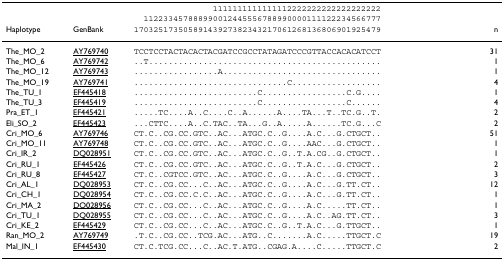
<table><thead><tr><td></td><td></td><td><b>1111111111111112222222222222222222</b></td><td></td></tr><tr><td></td><td></td><td><b>112233457888990012445556788990000111122234566777</b></td><td></td></tr><tr><td><b>Haplotype</b></td><td><b>GenBank</b></td><td><b>17032517350589143927382343217061268136806901925479</b></td><td><b>n</b></td></tr></thead><tbody><tr><td>The_MO_2</td><td>AY769740</td><td>TCCTCCTACTACACTACGATCCGCCTATAGATCCCGTTACCACACATCCT</td><td>31</td></tr><tr><td>The_MO_6</td><td>AY769742</td><td>..T...............................................</td><td>1</td></tr><tr><td>The_MO_12</td><td>AY769743</td><td>.................A................................</td><td>1</td></tr><tr><td>The_MO_19</td><td>AY769741</td><td>...............................C..................</td><td>4</td></tr><tr><td>The_TU_1</td><td>EF445418</td><td>.........................C.................C.G....</td><td>1</td></tr><tr><td>The_TU_3</td><td>EF445419</td><td>.........................C.................C......</td><td>4</td></tr><tr><td>Pra_ET_1</td><td>EF445421</td><td>.....TC....A..C....C..A......A....TA...T..TC.G..T.</td><td>2</td></tr><tr><td>Eli_SO_2</td><td>EF445423</td><td>...CTTC....A..C.TAC..TA...G..A.....A......TC.G...C</td><td>2</td></tr><tr><td>Cri_MO_6</td><td>AY769746</td><td>CT.C..CG.CC.GTC..AC...ATGC.C..G....A.C...G.CTGCT..</td><td>51</td></tr><tr><td>Cri_MO_11</td><td>AY769748</td><td>CT.C..CG.CC.GTC..AC...ATGC.C..G....AAC...G.CTGCT..</td><td>1</td></tr><tr><td>Cri_IR_2</td><td>DQ028951</td><td>CT.C..CG.CC.GTC..AC...ATGC.C..G..T.A.CG..G.CTGCT..</td><td>1</td></tr><tr><td>Cri_RU_1</td><td>EF445426</td><td>CT.C..CG.CC.GTC..AC...ATGC.C..G..T.A.C...G.CTGCT..</td><td>2</td></tr><tr><td>Cri_RU_8</td><td>EF445427</td><td>CT.C..CGTCC.GTC..AC...ATGC.C..G....A.C...G.CTGCT..</td><td>3</td></tr><tr><td>Cri_AL_1</td><td>DQ028953</td><td>CT.C..CG.CC...C..AC...ATGC.C..G....A.C...G.TT.CT..</td><td>12</td></tr><tr><td>Cri_CH_1</td><td>DQ028954</td><td>CT.C..CG.CC.C.C..AC...ATGC.C..G....A.C...G.TT.CT..</td><td>1</td></tr><tr><td>Cri_MA_2</td><td>DQ028956</td><td>CT.C..CG.CC...C..AC...ATGC.C..G....A.C.....TT.CT..</td><td>1</td></tr><tr><td>Cri_TU_1</td><td>DQ028955</td><td>CT.C..CG.CC...C..AC...ATGC.C..G....A.C..AG.TT.CT..</td><td>3</td></tr><tr><td>Cri_KE_2</td><td>EF445429</td><td>CT.C..CG.CC...C..AC...ATGC.C..G..T.A.C...G.TTGCT..</td><td>1</td></tr><tr><td>Ran_MO_2</td><td>AY769749</td><td>.T.C..CG.CC..TCG.AC...ATG..C.......A.C.....TTGCT.C</td><td>19</td></tr><tr><td>Mal_IN_1</td><td>EF445430</td><td>CT.C.TCG.CC...C..AC.T.ATG..CGAG.A....C.....TTGCT.C</td><td>2</td></tr></tbody></table>